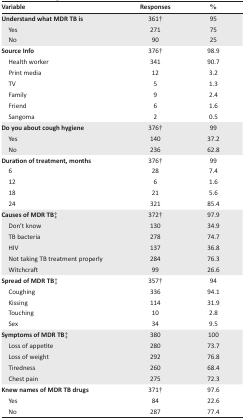
| Variable | Responses | % |
 | --- | --- | --- |
 | Understand what MDR TB is | 361† | 95 |
 | Yes | 271 | 75 |
 | No | 90 | 25 |
 | Source Info | 376† | 98.9 |
 | Health worker | 341 | 90.7 |
 | Print media | 12 | 3.2 |
 | TV | 5 | 1.3 |
 | Family | 9 | 2.4 |
 | Friend | 6 | 1.6 |
 | Sangoma | 2 | 0.5 |
 | Do you about cough hygiene | 376† | 99 |
 | Yes | 140 | 37.2 |
 | No | 236 | 62.8 |
 | Duration of treatment, months | 376† | 99 |
 | 6 | 28 | 7.4 |
 | 12 | 6 | 1.6 |
 | 18 | 21 | 5.6 |
 | 24 | 321 | 85.4 |
 | Causes of MDR TB‡ | 372† | 97.9 |
 | Don’t know | 130 | 34.9 |
 | TB bacteria | 278 | 74.7 |
 | HIV | 137 | 36.8 |
 | Not taking TB treatment properly | 284 | 76.3 |
 | Witchcraft | 99 | 26.6 |
 | Spread of MDR TB‡ | 357† | 94 |
 | Coughing | 336 | 94.1 |
 | Kissing | 114 | 31.9 |
 | Touching | 10 | 2.8 |
 | Sex | 34 | 9.5 |
 | Symptoms of MDR TB‡ | 380 | 100 |
 | Loss of appetite | 280 | 73.7 |
 | Loss of weight | 292 | 76.8 |
 | Tiredness | 260 | 68.4 |
 | Chest pain | 275 | 72.3 |
 | Knew names of MDR TB drugs | 371† | 97.6 |
 | Yes | 84 | 22.6 |
 | No | 287 | 77.4 |